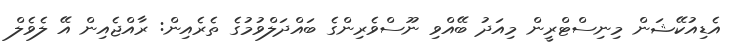
އެޑިއުކޭޝަން މިނިސްޓްރީން މިއަދު ބޭއްވި ނޫސްވެރިންގެ ބައްދަލްވުމުގެ ތެރެއިން: ރާއްޖެއިން އޭ ލެވެލް